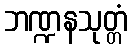
ဘဏ္ဍနသုတ္တံ